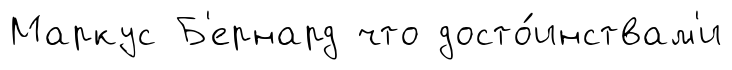
Маркус Б'ернард что досто́инствам'и